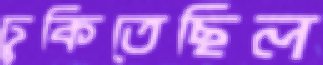
ঢুকিতেছিল